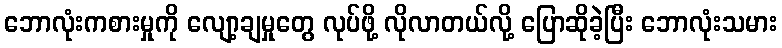
ဘောလုံးကစားမှုကို လျော့ချမှုတွေ လုပ်ဖို့ လိုလာတယ်လို့ ပြောဆိုခဲ့ပြီး ဘောလုံးသမား